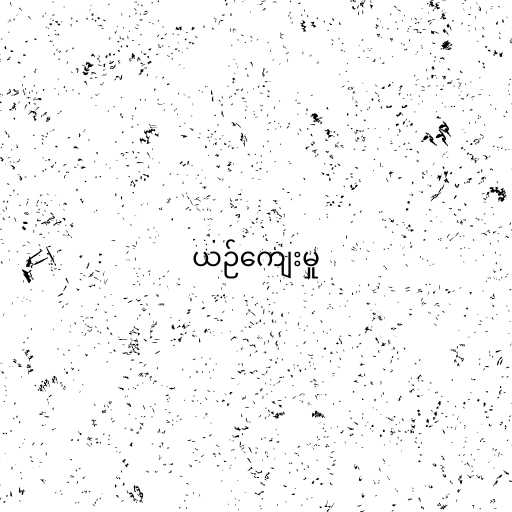
ယဉ်ကျေးမှု